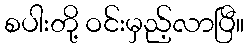
စပါးတို့ ဝင်းမှည့်လာပြီ။